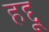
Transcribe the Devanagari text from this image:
हद्दू